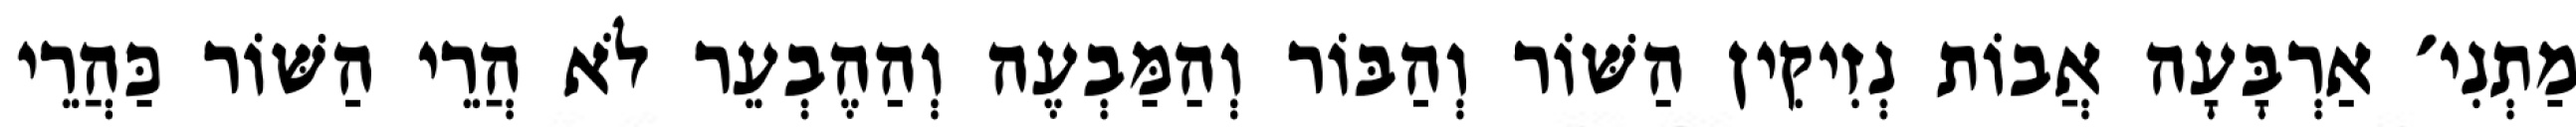
מַתְנִי׳ אַרְבָּעָה אֲבוֹת נְזִיקִין הַשּׁוֹר וְהַבּוֹר וְהַמַּבְעֶה וְהַהֶבְעֵר לֹא הֲרֵי הַשּׁוֹר כַּהֲרֵי